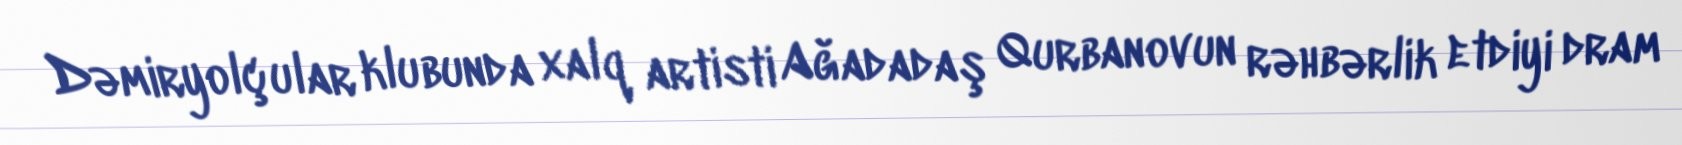
Dəmiryolçular klubunda xalq artisti Ağadadaş Qurbanovun rəhbərlik etdiyi dram